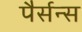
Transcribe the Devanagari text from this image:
पैर्सन्स